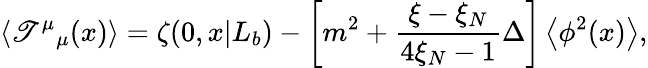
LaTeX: \left<\mathscr{T}^{\mu}{}_{\mu}(x)\right>=\zeta(0,x|L_{b})-\left[m^{2}+\frac{{\xi-\xi_{N}}}{{4\xi_{N}-1}}\Delta\right]\left<\phi^{2}(x)\right>,